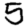
Digit: 5